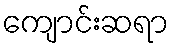
ကျောင်းဆရာ